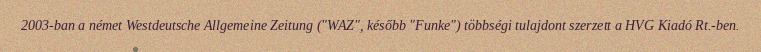
2003-ban a német Westdeutsche Allgemeine Zeitung ("WAZ", később "Funke") többségi tulajdont szerzett a HVG Kiadó Rt.-ben.